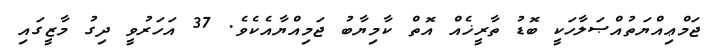
ޖަމްޢިއްޔަތުއްޞަލާހަކީ ބޮޑު ތާރީޚެއް އޮތް ކާމިޔާބު ޖަމިއްޔާއެކެވެ. 37 އަހަރުވީ ދިގު މާޒީގައި